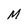
Character: M